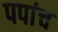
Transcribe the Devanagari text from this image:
पपांच